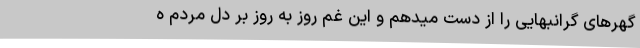
گهرهای گرانبهایی را از دست میدهم و این غم روز به روز بر دل مردم ه